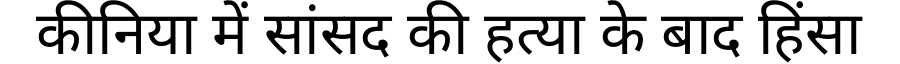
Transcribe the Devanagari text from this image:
कीनिया में सांसद की हत्या के बाद हिंसा